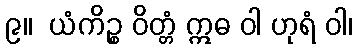
၉။  ယံကိဉ္စ ဝိတ္တံ ဣဓ ဝါ ဟုရံ ဝါ၊